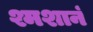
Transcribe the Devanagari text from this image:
श्मशानं